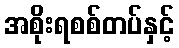
အစိုးရစစ်တပ်နှင့်